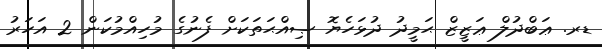
ޑރ. ޢަބްދުލް ޢަޒީޒް ޙަމީދު ދުޅަހެޔޮ ޞިއްޙަތަކަށް ފެނުގެ މުހިއްމުކަން 2 އަހަރު